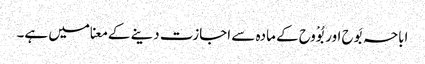
اباحہ بَوح اور بُوْوح کے مادہ سے اجازت دینے کے معنا میں ہے۔